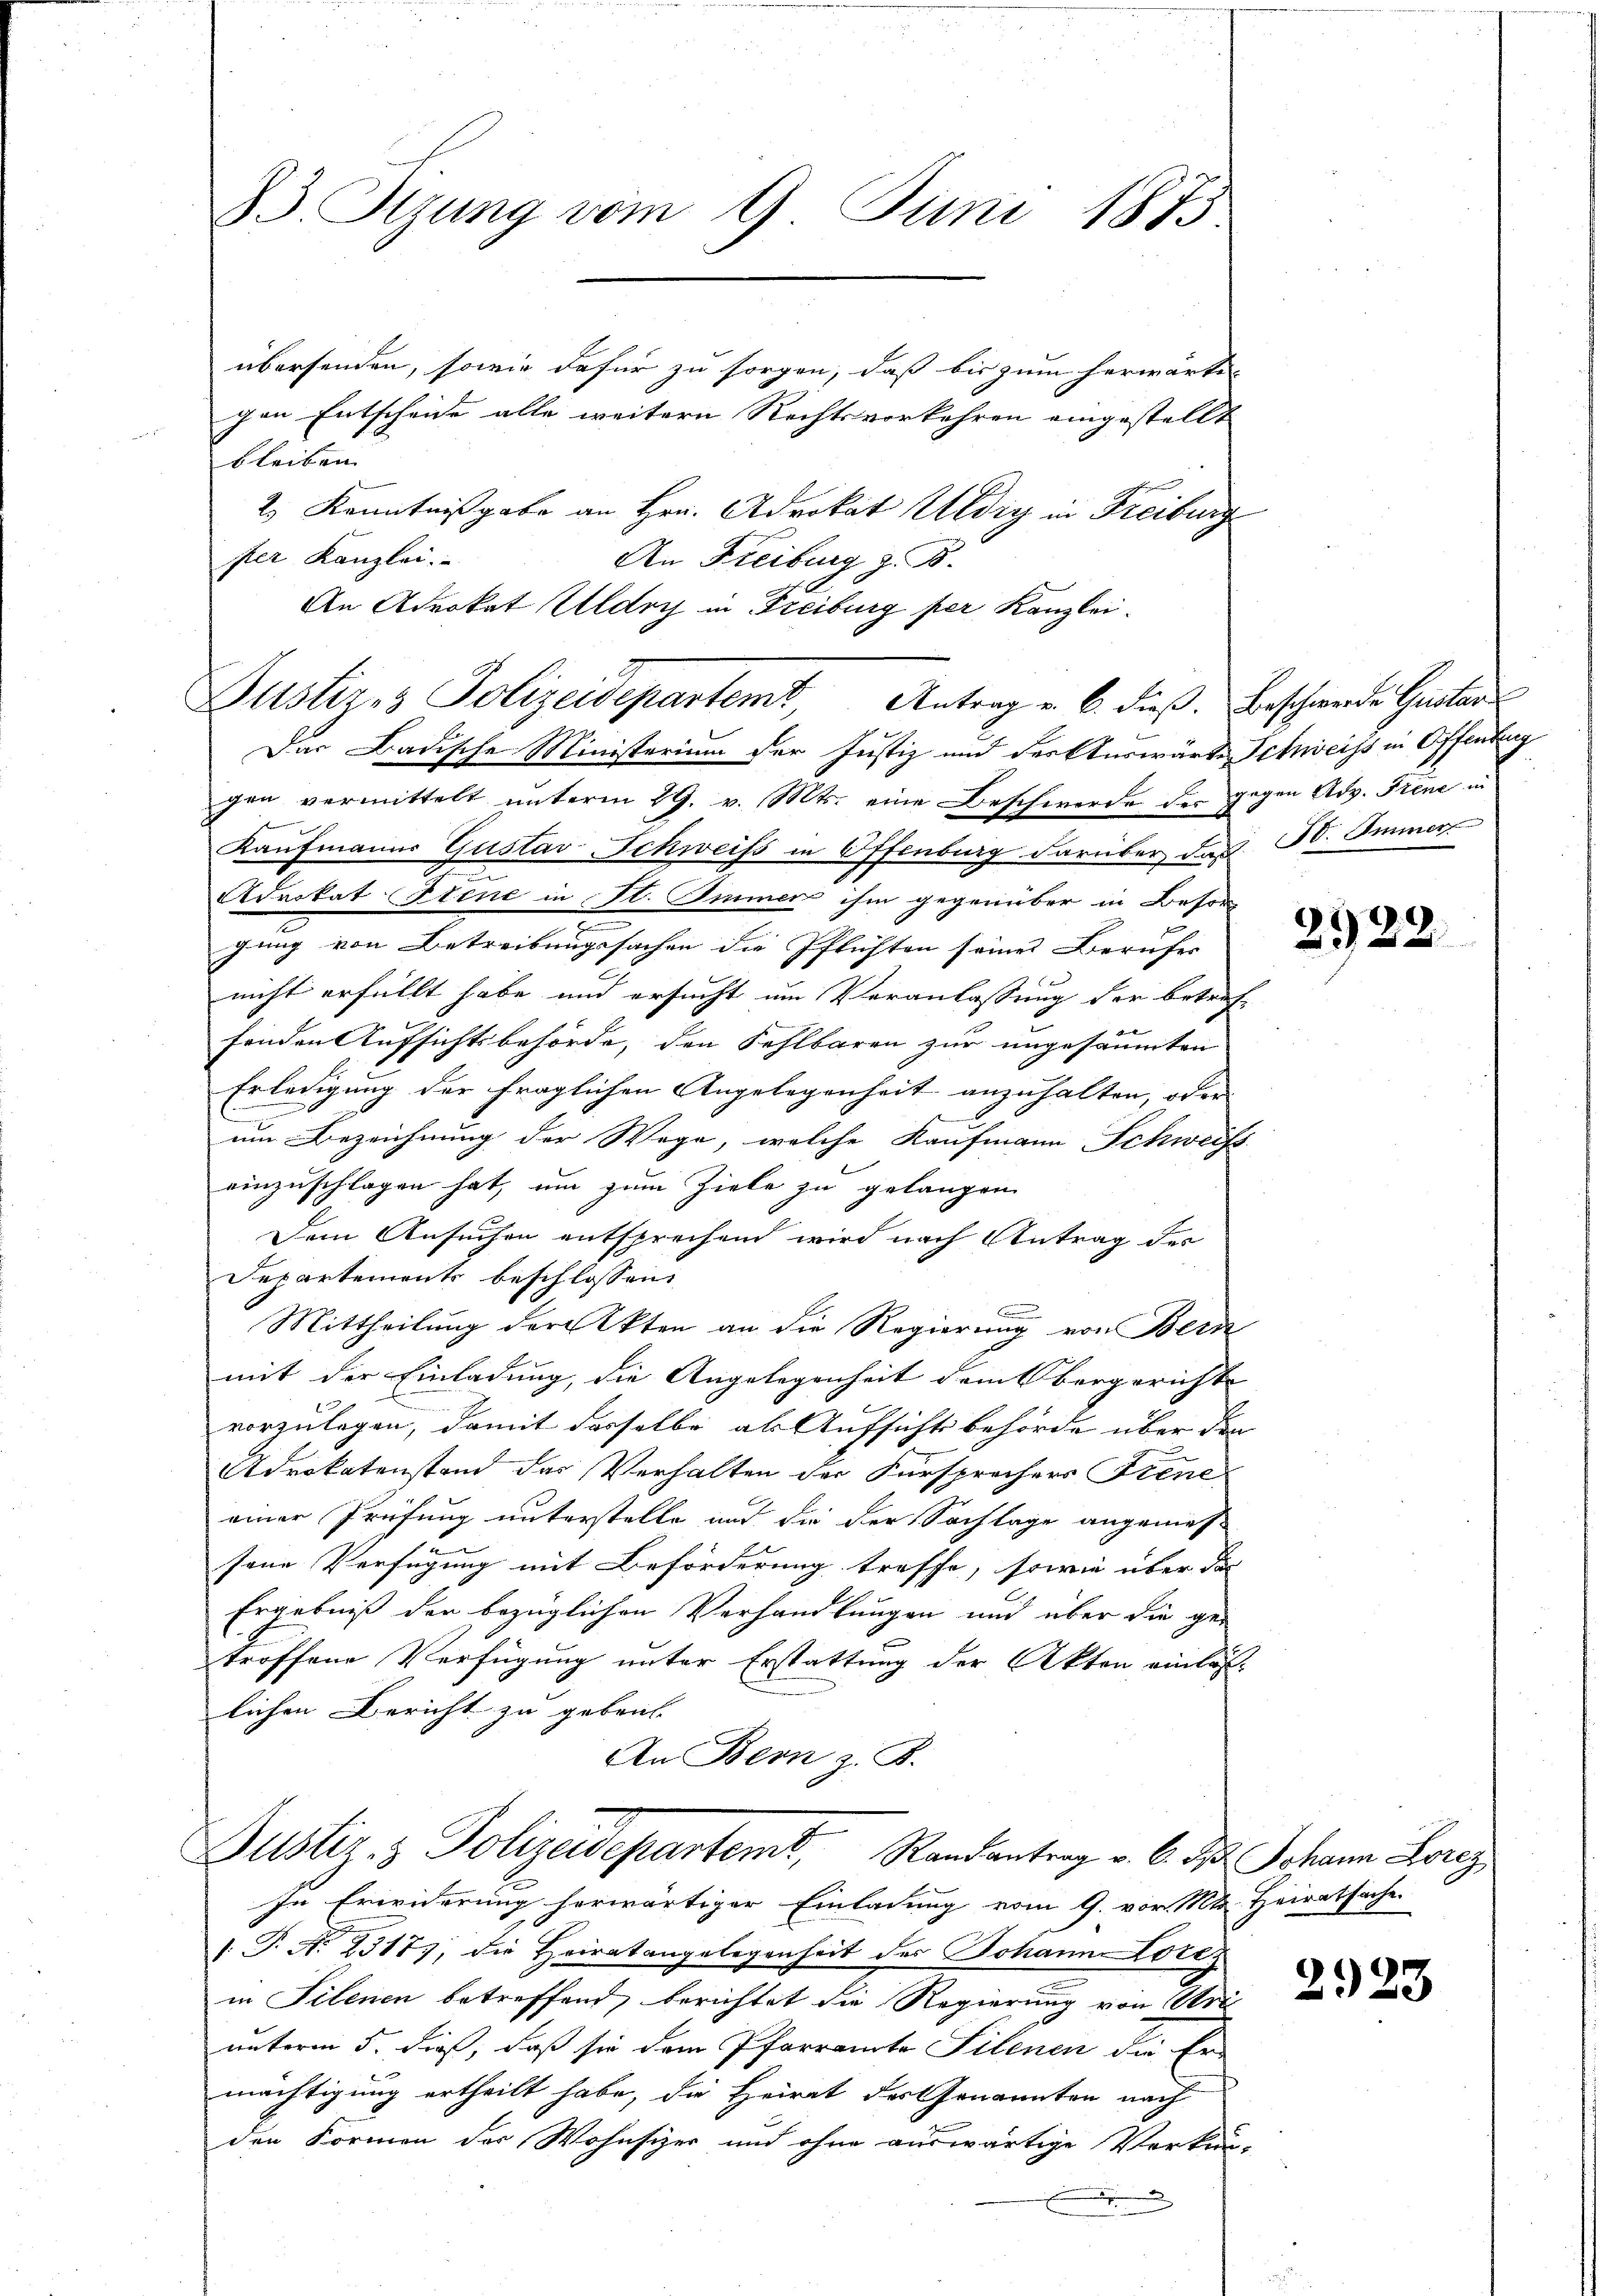
33. Sitzung vom 9. Juni 1873

übersenden, sowie dafür zu sorgen, daß bis zum herwärti-
gen Entscheide alle weitern Rechtsvorkehren eingestellt
bleiben
2) Kenntnißgabe an Hrn. Advokat Uldig in Freiburg
sher Kanzlei.
An Freiburg z. B.
gen vermittelt unterm 29. v. Mts. eine Beschwerde der gegen Adv. Frene in
Kaufmanns Gustav Schweiss in Offenburg darüber das St. Immer
Advokat Seine in St. Immer ihm gegenüber in Besorg
f
gung von Betreibungssachen die Pflichten seines Berufes |
nicht erfüllt habe und ersucht um Veranlassung der betreffenden Aufsichtsbehörde, den Fehlbaren zur ungesäumten
Erledigung der fraglichen Angelegenheit anzuhalten, oder
um Bezeichnung der Wege, welche Kaufmann Schweiss
einzuschlagen hat, um zum Ziele zu gelangen
Dem Ansuchen entsprechend wird nach Antrag des
Departement beschlossen
u
Mittheilung der Akten an die Regierung von Bern
mit der Einladung, die Angelegenheit dem Obergerichte
vorzulegen, damit dasselbe als Aufsicht behörde über den
Adrokatenstand der Verhalten der Fürsprochers Frene
einer Prüfung unterstelle und die der Sachlage angemes-
2
sene Verfügung mit Beförderung treffe, sowie über das
Ergebniß der bezüglichen Verhandlungen und über die getroffene Verfügung unter Erstattung der Akten einläs
lichen Bericht zu geben.
An Bern z. B.
Justiz & Polizeidepartemt, Randantrag v. 6. d. Johann Lorez

An Advokat Uldry in Freiburg per Kanzlei.
Justizes Polizeidepartemt, Antrag u. 6. dieß. Beschwerde Hinter
Das Badische Ministerium der Justiz und der Auswärte Schweiss in Offenburg

In Erwiderung herwärtiger Einladung vom 9. vor. Mts. Heiratsache
T. N. 2317), die Heiratangelegenheit des Johann Lore
in Filenen betreffend, berichtet die Regierung von Urt
unterm 5. dieß, daß sie dem Pfarramte Silenen die Er-
mächtigung ertheilt habe, die Heirat des Genannten nach
den Formen der Wohnsizer und ohne auswärtige Verken-
.

2922.

2923